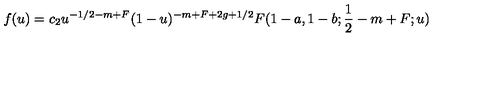
f ( u ) = c _ { 2 } u ^ { - 1 / 2 - m + F } ( 1 - u ) ^ { - m + F + 2 g + 1 / 2 } F ( 1 - a , 1 - b ; \frac 1 2 - m + F ; u )